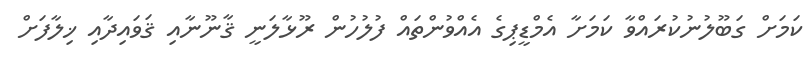
ކަމަށް ގަބޫލުނުކުރައްވާ ކަމަށާ އެމްޑީޕިގެ އެއްވުންތައް ފުލުހުން ރޫޅާލަނީ ޤާނޫނާއި ޤަވައިދާއި ޚިލާފަށް